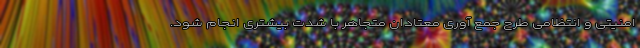
امنیتی و انتظامی طرح جمع آوری معتادان متجاهر با شدت بیشتری انجام شود.